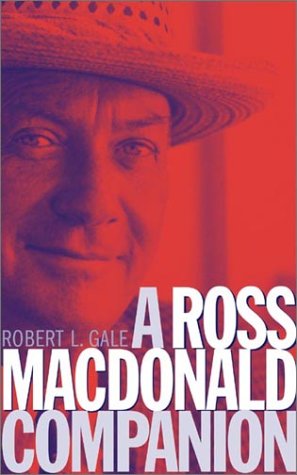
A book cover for A Ross Macdonald Companion:; Robert L. Gale; Mystery, Thriller & Suspense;